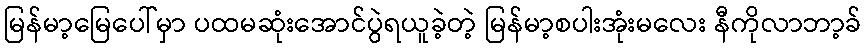
မြန်မာ့မြေပေါ်မှာ ပထမဆုံးအောင်ပွဲရယူခဲ့တဲ့ မြန်မာ့စပါးအုံးမလေး နီကိုလာဘာ့ခ်